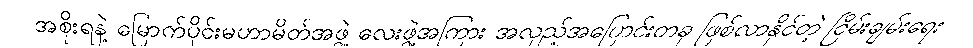
အစိုးရနဲ့ မြောက်ပိုင်းမဟာမိတ်အဖွဲ့ လေးဖွဲ့အကြား အလှည့်အပြောင်းတခု ဖြစ်လာနိုင်တဲ့ ငြိမ်းချမ်းရေး